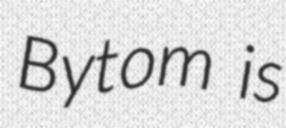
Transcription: Bytom is